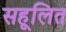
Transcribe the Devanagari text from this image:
सहूलित